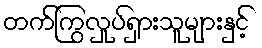
တက်ကြွလှုပ်ရှားသူများနှင့်